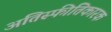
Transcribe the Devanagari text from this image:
अतिस्फीतिकारक